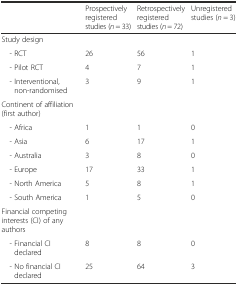
<table><thead><tr><td></td><td><b>Prospectively registered studies (<i>n</i> = 33)</b></td><td><b>Retrospectively registered studies (<i>n</i> = 72)</b></td><td><b>Unregistered studies (<i>n</i> = 3)</b></td></tr></thead><tbody><tr><td>Study design</td><td colspan="3"></td></tr><tr><td> - RCT</td><td>26</td><td>56</td><td>1</td></tr><tr><td> - Pilot RCT</td><td>4</td><td>7</td><td>1</td></tr><tr><td> - Interventional, non-randomised</td><td>3</td><td>9</td><td>1</td></tr><tr><td>Continent of affiliation (first author)</td><td colspan="3"></td></tr><tr><td> - Africa</td><td>1</td><td>1</td><td>0</td></tr><tr><td> - Asia</td><td>6</td><td>17</td><td>1</td></tr><tr><td> - Australia</td><td>3</td><td>8</td><td>0</td></tr><tr><td> - Europe</td><td>17</td><td>33</td><td>1</td></tr><tr><td> - North America</td><td>5</td><td>8</td><td>1</td></tr><tr><td> - South America</td><td>1</td><td>5</td><td>0</td></tr><tr><td>Financial competing interests (CI) of any authors</td><td colspan="3"></td></tr><tr><td> - Financial CI declared</td><td>8</td><td>8</td><td>0</td></tr><tr><td> - No financial CI declared</td><td>25</td><td>64</td><td>3</td></tr></tbody></table>